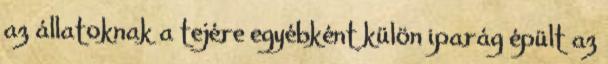
az állatoknak a tejére egyébként külön iparág épült az